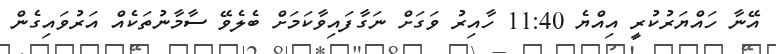
އޭނާ ހައްޔަރުކުރީ އިއްޔެ 11:40 ހާއިރު ވަގަށް ނަގާފައިވާކަމަށް ބެލެވޭ ސާމާނުތަކެއް އަރުވައިގެން